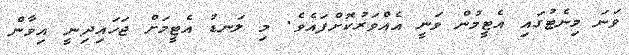
ވަނަ މިނެޓުގައި އެޓީމުން ވަނީ އެއްވަރުކޮށްފައެވެ. މި ލަނޑު އެޓީމަށް ޖަހައިދިނީ އިވާން